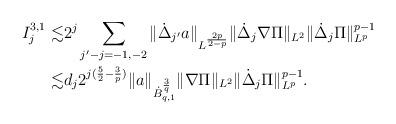
LaTeX: \begin{align*}I_j^{3,1}\lesssim&2^{j}\sum_{j'-j=-1,-2}\|\dot{\Delta}_{j'}a\|_{L^{\frac{2p}{2-p}}}\|\dot{\Delta}_{j}\nabla\Pi\|_{L^2}\|\dot{\Delta}_j\Pi\|_{L^p}^{p-1}\\\lesssim&d_j2^{j(\frac52-\frac{3}{p})}\|a\|_{\dot{B}_{q,1}^{\frac{3}{q}}}\|\nabla\Pi\|_{L^2}\|\dot{\Delta}_j\Pi\|_{L^p}^{p-1}.\end{align*}